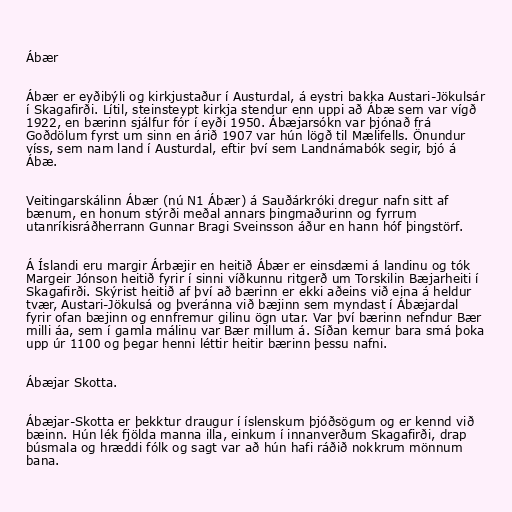
Ábær

Ábær er eyðibýli og kirkjustaður í Austurdal, á eystri bakka Austari-Jökulsár
í Skagafirði. Lítil, steinsteypt kirkja stendur enn uppi að Ábæ sem var vígð
1922, en bærinn sjálfur fór í eyði 1950. Ábæjarsókn var þjónað frá
Goðdölum fyrst um sinn en árið 1907 var hún lögð til Mælifells. Önundur
víss, sem nam land í Austurdal, eftir því sem Landnámabók segir, bjó á
Ábæ.

Veitingarskálinn Ábær (nú N1 Ábær) á Sauðárkróki dregur nafn sitt af
bænum, en honum stýrði meðal annars þingmaðurinn og fyrrum
utanríkisráðherrann Gunnar Bragi Sveinsson áður en hann hóf þingstörf.

Á Íslandi eru margir Árbæjir en heitið Ábær er einsdæmi á landinu og tók
Margeir Jónson heitið fyrir í sinni víðkunnu ritgerð um Torskilin Bæjarheiti í
Skagafirði. Skýrist heitið af því að bærinn er ekki aðeins við eina á heldur
tvær, Austari-Jökulsá og þveránna við bæjinn sem myndast í Ábæjardal
fyrir ofan bæjinn og ennfremur gilinu ögn utar. Var því bærinn nefndur Bær
milli áa, sem í gamla málinu var Bær millum á. Síðan kemur bara smá þoka
upp úr 1100 og þegar henni léttir heitir bærinn þessu nafni.

Ábæjar Skotta.

Ábæjar-Skotta er þekktur draugur í íslenskum þjóðsögum og er kennd við
bæinn. Hún lék fjölda manna illa, einkum í innanverðum Skagafirði, drap
búsmala og hræddi fólk og sagt var að hún hafi ráðið nokkrum mönnum
bana.